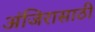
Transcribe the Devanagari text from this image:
अंजिरासाठी